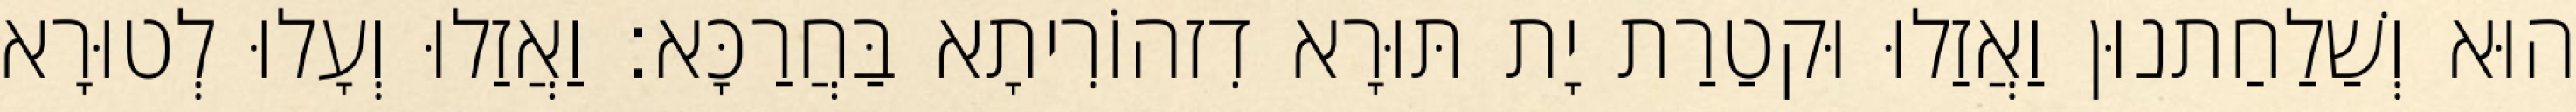
הוּא וְשַׁלַחַתנוּן וַאֲזַלוּ וּקטַרַת יָת תּוּרָא דִזהוֹרִיתָא בַּחֲרַכָּא׃ וַאֲזַלוּ וְעָלוּ לְטוּרָא